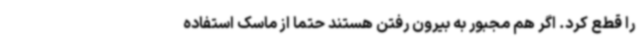
را قطع کرد. اگر هم مجبور به بیرون رفتن هستند حتما از ماسک استفاده